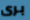
برى